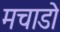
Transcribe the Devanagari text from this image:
मचाडो